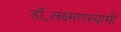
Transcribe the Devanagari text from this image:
डॉ॰लक्ष्मणस्वामी